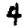
Digit: 4